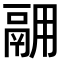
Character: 𫙅